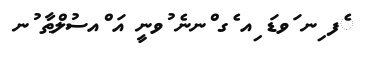
ެފ ިނ ަވޑަ ިއ ެގ ްނނެ ުވނީ އަ ްއސުލްޠާ ުނ